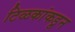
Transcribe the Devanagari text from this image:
टिळकांकडून